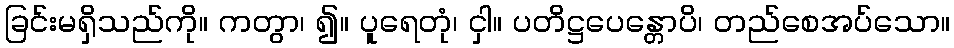
ခြင်းမရှိသည်ကို။ ကတွာ၊ ၍။ ပူရေတုံ၊ ငှါ။ ပတိဋ္ဌပေန္တောပိ၊ တည်စေအပ်သော။